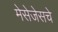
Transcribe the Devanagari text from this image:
मेसेजेसचे